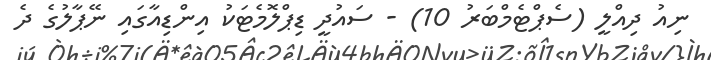
ނިއު ދިއްލީ (ސެޕްޓެމްބަރު 10) - ސައުދީ ޑިޕްލޮމެޓަކު އިންޑިއާގައި ނޭޕާލުގެ ދެ